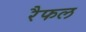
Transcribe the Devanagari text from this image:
रैफल